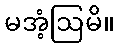
မအံ့ဩမိ။